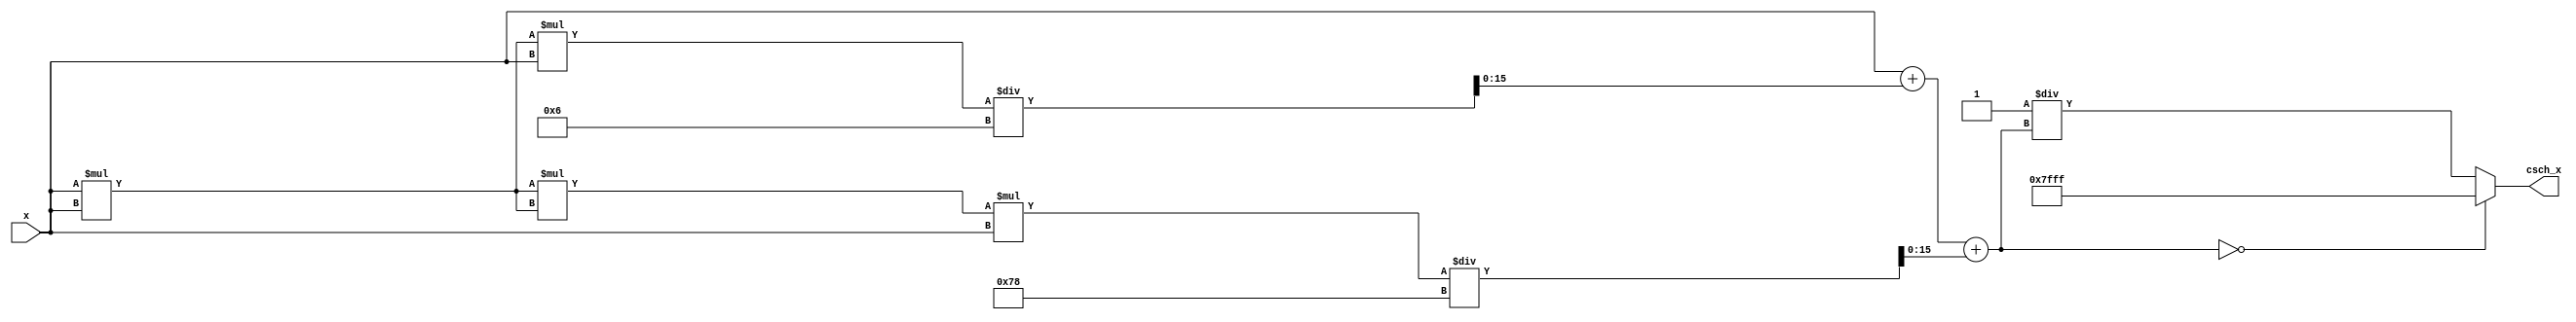
module csch (
    input wire signed [15:0] x,        // Input signal (fixed-point representation)
    output reg signed [15:0] csch_x     // Output signal (fixed-point representation)
);

    // Internal signals
    wire signed [15:0] sinh_x;
    reg signed [15:0] reciprocal;

    // Hyperbolic Sine Calculation using Taylor Series Approximation
    function signed [15:0] sinh;
        input signed [15:0] x;
        reg signed [31:0] x_squared;
        begin
            x_squared = x * x; // x^2
            sinh = x + (x_squared * x) / 6 + (x_squared * x_squared * x) / 120; // 1st three terms of Taylor series
        end
    endfunction

    // Compute sinh(x)
    assign sinh_x = sinh(x);

    // Compute csch(x) = 1/sinh(x)
    always @(*) begin
        if (sinh_x == 0) begin
            // Handle special case: csch(0) is undefined, set to a large constant
            csch_x = 16'h7FFF; // Example: represent infinity
        end else begin
            reciprocal = 16'h0001 / sinh_x; // Compute reciprocal
            csch_x = reciprocal;
        end
    end

endmodule